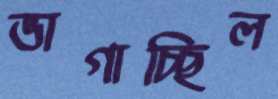
ভাগাচ্ছিল